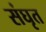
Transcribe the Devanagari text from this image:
संघृत